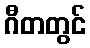
ဂီတတွင်